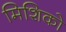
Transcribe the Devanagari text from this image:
मिशिको